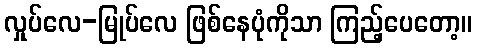
လှုပ်လေ-မြုပ်လေ ဖြစ်နေပုံကိုသာ ကြည့်ပေတော့။